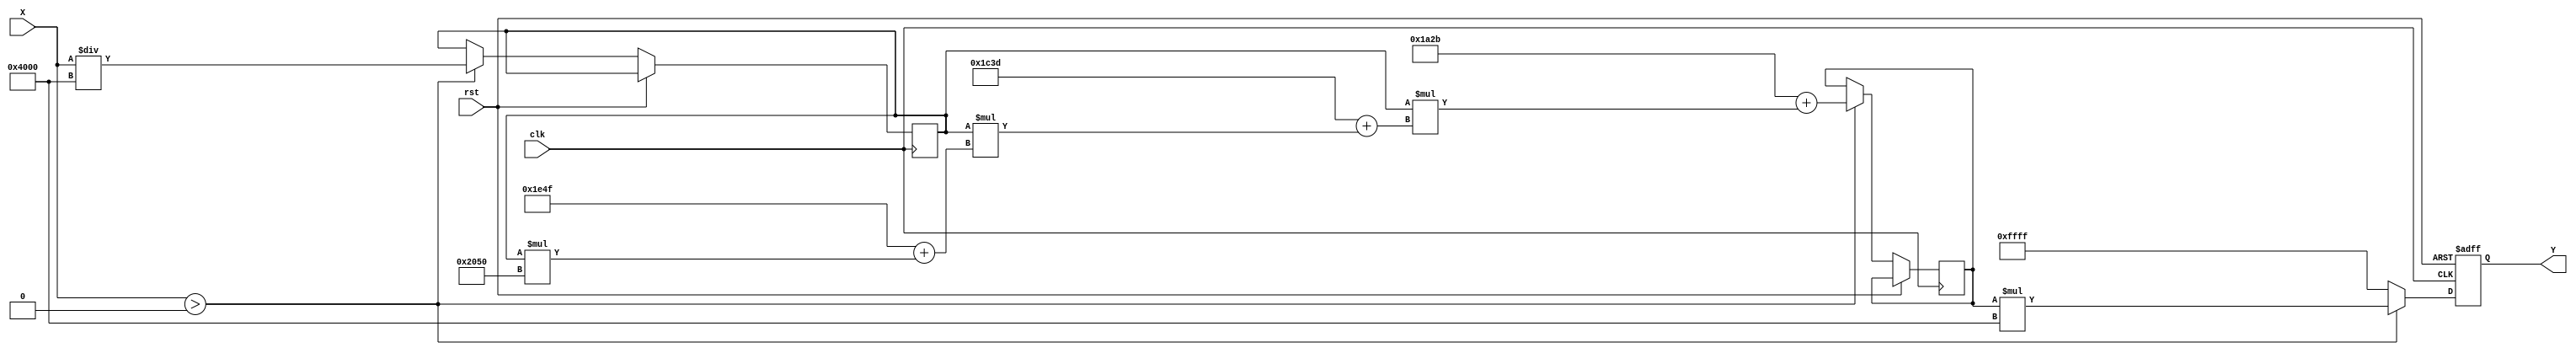
module poly_reciprocal (
    input wire [15:0] X,      // Input: 16-bit fixed-point number (X > 0)
    output reg [15:0] Y,      // Output: 16-bit fixed-point reciprocal
    input wire clk,           // Clock signal
    input wire rst            // Reset signal
);

    // Polynomial coefficients for approximation (example coefficients)
    parameter [15:0] COEFF_0 = 16'h1A2B; // Example coefficient for x^0
    parameter [15:0] COEFF_1 = 16'h1C3D; // Example coefficient for x^1
    parameter [15:0] COEFF_2 = 16'h1E4F; // Example coefficient for x^2
    parameter [15:0] COEFF_3 = 16'h2050; // Example coefficient for x^3

    // Normalization factor
    parameter [15:0] NORM_FACTOR = 16'h4000; // Example normalization factor for [0.5, 1.0]
    
    reg [15:0] normalized_X;
    reg [15:0] polynomial_result;

    // Input validation and normalization
    always @(posedge clk or posedge rst) begin
        if (rst) begin
            Y <= 16'h0000; // Reset output
        end else begin
            if (X > 16'h0000) begin
                // Normalize the input to the range [0.5, 1.0]
                normalized_X <= X / NORM_FACTOR;

                // Polynomial evaluation using Horner's method
                polynomial_result <= COEFF_0 + 
                                     normalized_X * (COEFF_1 + 
                                     normalized_X * (COEFF_2 + 
                                     normalized_X * COEFF_3));
                
                // Scale the result back
                Y <= polynomial_result * NORM_FACTOR; // Scale back to original range
            end else begin
                Y <= 16'hFFFF; // Handle invalid input (e.g., return maximum value or error code)
            end
        end
    end

endmodule